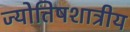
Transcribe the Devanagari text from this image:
ज्योतिषशात्रीय